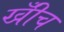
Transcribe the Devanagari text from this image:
खीँच